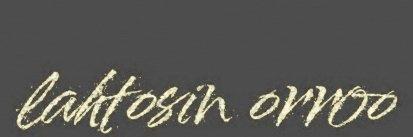
lahtosin orroo